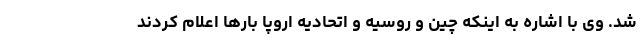
شد. وی با اشاره به اینکه چین و روسیه و اتحادیه اروپا بارها اعلام کردند